Indian journal of veterinary science and animal husbandry - Volume 5,
Year: 1935
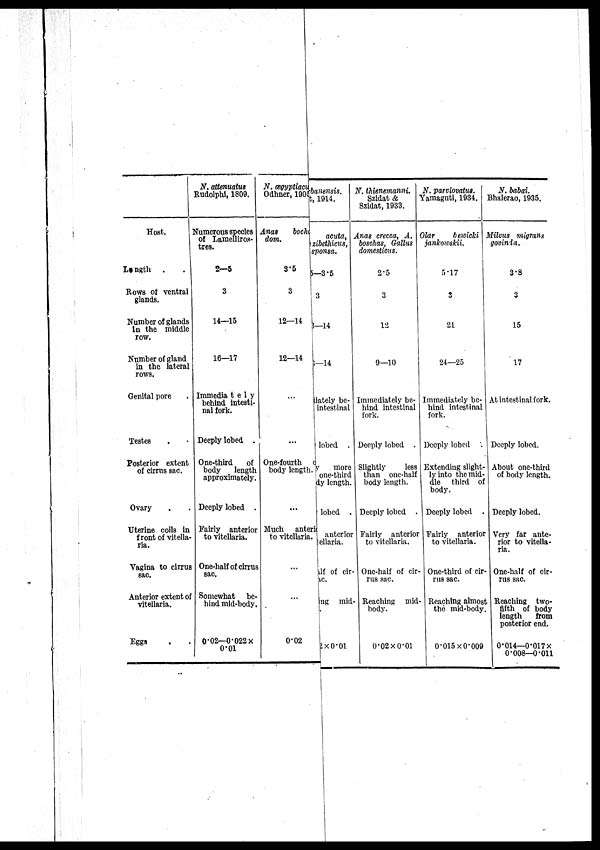
Host.
Length . .
Rows of ventral
glands.
Number of glands
in the middle
row.
Number of gland
in the lateral
rows.
Genital pore .
Testes . .
Posterior extent
of cirrus sac.
Ovary . .
Uterine coils in
front of vitella-
ria.
Vagina to cirrus
sac.
Anterior extent of
vitellaria.
Eggs . .
N. attenuatus
Rudolphi, 1809.
Numerous species
of Lamelliros-
tres.
2—5
3
14—15
16—17
Immediately
behind intesti-
nal fork.
Deeply lobed .
One-third
of
body
length
approximately.
Deeply lobed .
Fairly anterior
to vitellaria.
One-half of cirrus
sac.
Somewhat
be-
hind mid-body.
0.02—0.022 ×
0.01
N. œgyptiacu
Odhner, 1905 to
Anas
bocha
dom.
3.5
3
12—14
12—14
...
...
One-fourth
body length.
...
Much anterior
to vitellaria.
...
...
0.02
banensis.
1914.
acuta,
zibethicus,
sponsa.
5—3.5
3
—14
—14
Immediately be-
intestinal
lobed .
y
more
one-third
body length.
lobed .
anterior
tellaria.
half of cir-
rus sac.
Reaching mid-
body.
2 × 0.01
N. thienemanni.
Szidat &
Szidat, 1933.
Anas crecca, A.
boschas, Gallus
domesticus.
2.5
3
12
9—10
Immediately be-
hind intestinal
fork.
Deeply lobed .
Slightly
less
than one-half
body length.
Deeply lobed .
Fairly anterior
to vitellaria.
One-half of cir-
rus sac.
Reaching mid-
body.
0.02 × 0.01
N. parviovatus.
Yamaguti, 1934.
Olar
bewicki
jankowski.
5.17
3
21
24—25
Immediately be-
hind intestinal
fork.
Deeply lobed .
Extending slight-
ly into the mid-
dle third of
body.
Deeply lobed .
Fairly anterior
to vitellaria.
One-third of cir-
rus sac.
Reaching almost
the mid-body.
0.015 × 0.009
N. babai.
Bhalerao, 1935.
Milvus migrans
govinda.
3.8
3
15
17
At intestinal fork.
Deeply lobed.
About one-third
of body length.
Deeply lobed.
Very far ante-
rior to vitella-
ria.
One-half of cir-
rus sac.
Reaching two-
fifth of body
length
from
posterior end.
0.014—0.017 ×
0.008—0.011